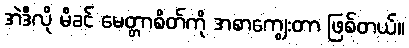
အဲဒီလို မိခင် မေတ္တာစိတ်ကို အစာကျွေးတာ ဖြစ်တယ်။